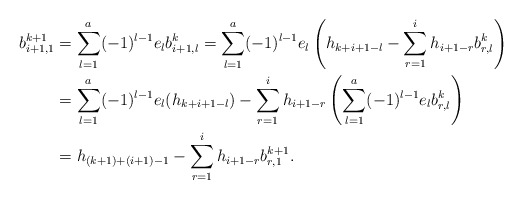
\begin{align*}b^{k+1}_{i+1,1} &= \sum_{l=1}^a (-1)^{l-1} e_l b^{k}_{i+1,l}=\sum_{l=1}^a (-1)^{l-1} e_l \left(h_{k+i+1-l} - \sum_{r=1}^i h_{i+1-r} b^k_{r,l} \right) \\& =\sum_{l=1}^a (-1)^{l-1} e_l (h_{k+i+1-l}) - \sum_{r=1}^i h_{i+1-r} \left(\sum_{l=1}^a (-1)^{l-1} e_l b^k_{r,l} \right) \\& =h_{(k+1)+(i+1)-1} - \sum_{r=1}^i h_{i+1-r} b^{k+1}_{r,1}.\end{align*}